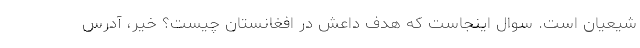
شيعيان است. سوال اينجاست كه هدف داعش در افغانستان چيست؟ خير، آدرس